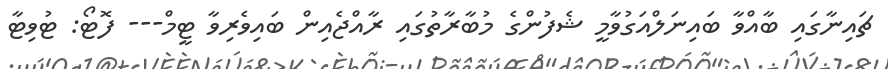
ޗައިނާގައި ބާއްވާ ބައިނަލްއަގުވާމީ ޝެފުންގެ މުބާރާތުގައި ރާއްޖެއިން ބައިވެރިވާ ޓީމް--- ފޮޓޯ: ޓުވިޓާ